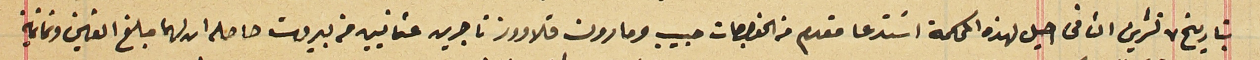
بتاريخ ٧ تشرين الثانى احيل لهذه المحكمة اسَتدعا مقدم من الخواجات حبيب ومارون قلاووز تاجرين عثمانيين من بيروت حاصله ان لهما مبلغ الفين وثمانية